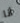
أنا